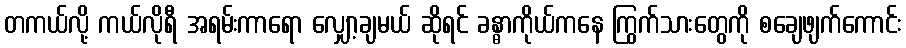
တကယ်လို့ ကယ်လိုရီ အရမ်းကာရော လျှော့ချမယ် ဆိုရင် ခန္ဓာကိုယ်ကနေ ကြွက်သားတွေကို စချေဖျက်ကောင်း